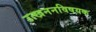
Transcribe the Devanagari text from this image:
उत्खननविषयक